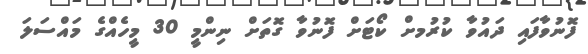
ފޮނުވާފައި ދައުވާ ކުރުމށް ކޯޓަށް ފޮނުވާ ގޮތަށް ނިންމީ 30 މީހެއްގެ މައްސަލަ